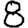
Digit: 8